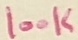
Text: 100K